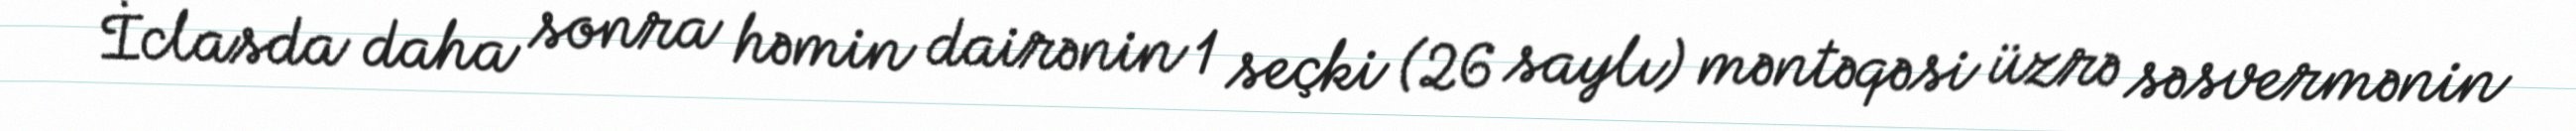
İclasda daha sonra həmin dairənin 1 seçki (26 saylı) məntəqəsi üzrə səsvermənin